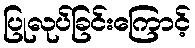
ပြုလုပ်ခြင်းကြောင့်